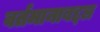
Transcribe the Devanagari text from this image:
वर्तमानाबद्दल